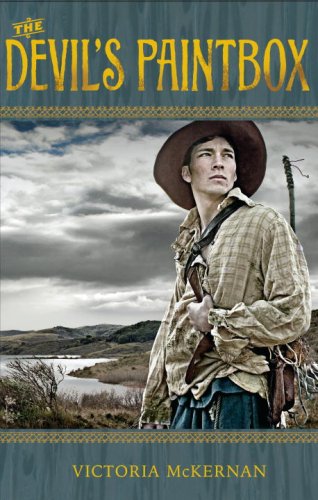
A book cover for The Devil's Paintbox; Victoria McKernan; Teen & Young Adult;